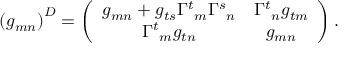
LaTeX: \left( g _ { m n } \right) ^ { D } = \left( \begin{array} { c c } { { g _ { m n } + g _ { t s } { \Gamma ^ { t } } _ { m } { \Gamma ^ { s } } _ { n } } } & { { { \Gamma ^ { t } } _ { n } g _ { t m } } } \\ { { { \Gamma ^ { t } } _ { m } g _ { t n } } } & { { g _ { m n } } } \end{array} \right) .